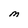
Character: M